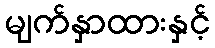
မျက်နှာထားနှင့်